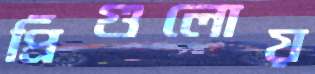
প্রিঁগুলোয়